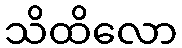
သိထိလော